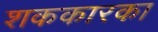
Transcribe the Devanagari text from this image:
शककारका